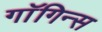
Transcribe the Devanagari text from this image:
गाॅगिन्स